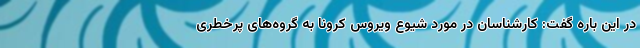
در این باره گفت: کارشناسان در مورد شیوع ویروس کرونا به گروه‌های پرخطری